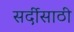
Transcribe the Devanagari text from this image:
सर्दीसाठी